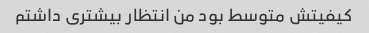
کیفیتش متوسط بود من انتظار بیشتری داشتم